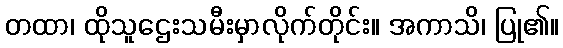
တထာ၊ ထိုသူဌေးသမီးမှာလိုက်တိုင်း။ အကာသိ၊ ပြု၏။